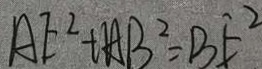
A E ^ { 2 } + A B ^ { 2 } = B E ^ { 2 }